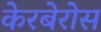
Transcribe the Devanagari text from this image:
केरबेरोस